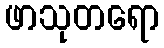
ဖာသုတရော